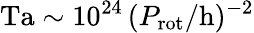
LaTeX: \mathrm{Ta}\sim 10^{24}\, (P_{\mathrm{rot}}/\mathrm{h})^{-2}